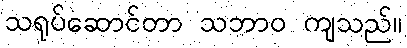
သရုပ်ဆောင်တာ သဘာဝ ကျသည်။